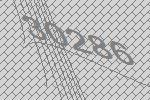
30286